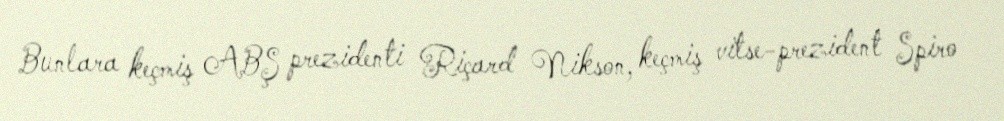
Bunlara keçmiş ABŞ prezidenti Riçard Nikson, keçmiş vitse-prezident Spiro